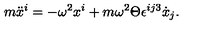
m \ddot { x } ^ { i } = - \omega ^ { 2 } x ^ { i } + m \omega ^ { 2 } \Theta \epsilon ^ { i j 3 } \dot { x } _ { j } .